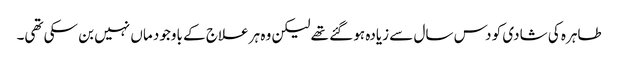
طاہرہ کی شادی کو دس سال سے زیادہ ہو گئے تھے لیکن وہ ہر علاج کے باوجود ماں نہیں بن سکی تھی۔